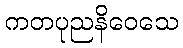
ကတပုညနိဝေသေ